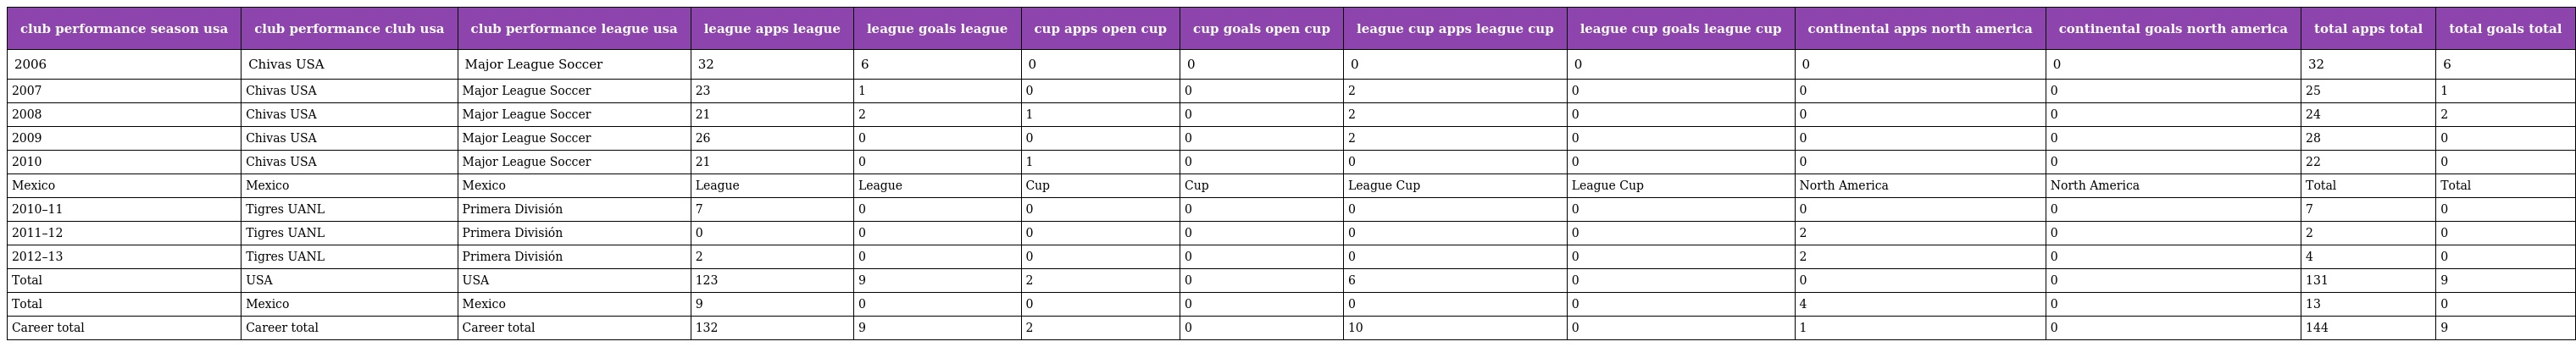
| club performance season usa | club performance club usa | club performance league usa | league apps league | league goals league | cup apps open cup | cup goals open cup | league cup apps league cup | league cup goals league cup | continental apps north america | continental goals north america | total apps total | total goals total |
 | --- | --- | --- | --- | --- | --- | --- | --- | --- | --- | --- | --- | --- |
 | 2006 | Chivas USA | Major League Soccer | 32 | 6 | 0 | 0 | 0 | 0 | 0 | 0 | 32 | 6 |
 | 2007 | Chivas USA | Major League Soccer | 23 | 1 | 0 | 0 | 2 | 0 | 0 | 0 | 25 | 1 |
 | 2008 | Chivas USA | Major League Soccer | 21 | 2 | 1 | 0 | 2 | 0 | 0 | 0 | 24 | 2 |
 | 2009 | Chivas USA | Major League Soccer | 26 | 0 | 0 | 0 | 2 | 0 | 0 | 0 | 28 | 0 |
 | 2010 | Chivas USA | Major League Soccer | 21 | 0 | 1 | 0 | 0 | 0 | 0 | 0 | 22 | 0 |
 | Mexico | Mexico | Mexico | League | League | Cup | Cup | League Cup | League Cup | North America | North America | Total | Total |
 | 2010–11 | Tigres UANL | Primera División | 7 | 0 | 0 | 0 | 0 | 0 | 0 | 0 | 7 | 0 |
 | 2011–12 | Tigres UANL | Primera División | 0 | 0 | 0 | 0 | 0 | 0 | 2 | 0 | 2 | 0 |
 | 2012–13 | Tigres UANL | Primera División | 2 | 0 | 0 | 0 | 0 | 0 | 2 | 0 | 4 | 0 |
 | Total | USA | USA | 123 | 9 | 2 | 0 | 6 | 0 | 0 | 0 | 131 | 9 |
 | Total | Mexico | Mexico | 9 | 0 | 0 | 0 | 0 | 0 | 4 | 0 | 13 | 0 |
 | Career total | Career total | Career total | 132 | 9 | 2 | 0 | 10 | 0 | 1 | 0 | 144 | 9 |